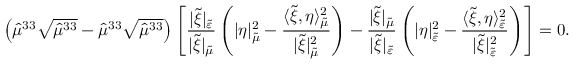
\left( \hat { \mu } ^ { 3 3 } \sqrt { \hat { \mu } ^ { 3 3 } } - \hat { \mu } ^ { 3 3 } \sqrt { \hat { \mu } ^ { 3 3 } } \right) \left[ \frac { \lvert \tilde { \xi } \rvert _ { \tilde { \varepsilon } } } { \lvert \tilde { \xi } \rvert _ { \tilde { \mu } } } \left( \lvert \eta \rvert _ { \tilde { \mu } } ^ { 2 } - \frac { \langle \tilde { \xi } , \eta \rangle _ { \tilde { \mu } } ^ { 2 } } { \lvert \tilde { \xi } \rvert _ { \tilde { \mu } } ^ { 2 } } \right) - \frac { \lvert \tilde { \xi } \rvert _ { \tilde { \mu } } } { \lvert \tilde { \xi } \rvert _ { \tilde { \varepsilon } } } \left( \lvert \eta \rvert _ { \tilde { \varepsilon } } ^ { 2 } - \frac { \langle \tilde { \xi } , \eta \rangle _ { \tilde { \varepsilon } } ^ { 2 } } { \lvert \tilde { \xi } \rvert _ { \tilde { \varepsilon } } ^ { 2 } } \right) \right] = 0 .